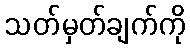
သတ်မှတ်ချက်ကို